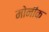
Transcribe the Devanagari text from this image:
मोनीक